Lunatic asylums Central Provinces reports 1886-1894 - 1886-1894
Year: 1886
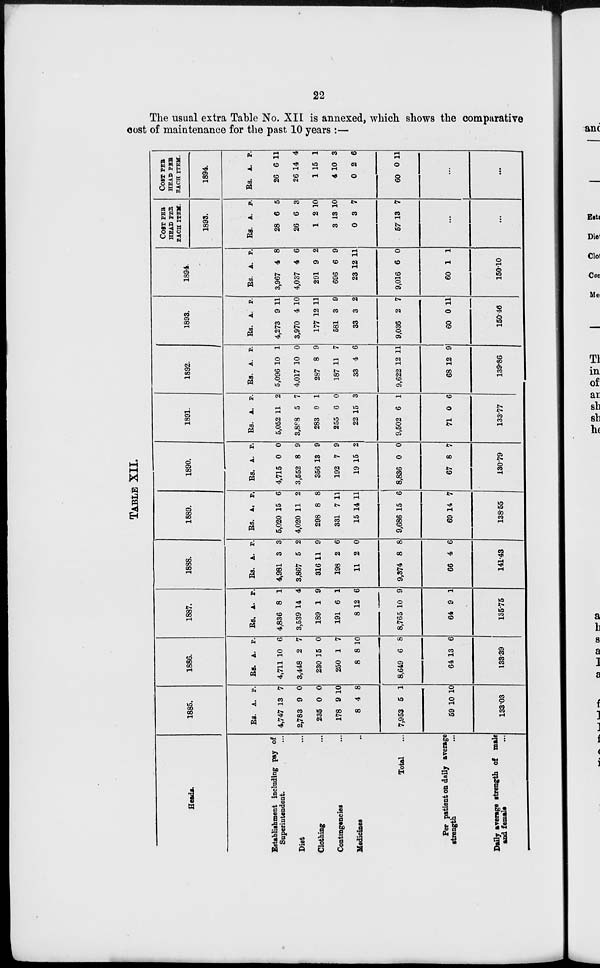
22
The usual extra Table No. XII is annexed, which shows the comparative
cost of maintenance for the past 10 years :—
TABLE XII.
Heads.
Establishment including pay of
Superintendent. ...
Diet ...
Clothing ...
Contingencies ...
Medicines ...
Total ...
Per patient on daily average
strength ...
Daily average strength of male
and female ...
1885.
Rs.
4,747
2,783
235
178
8
7,953
59
A.
13
9
0
9
4
5
10
P.
7
0
0
10
8
1
10
133.03
1886.
Rs.
4,711
3,448
230
250
8
8,649
64
A.
10
2
15
1
8
6
13
P.
6
7
0
7
10
8
6
133.39
1887.
Rs.
4,836
3,539
189
191
8
8,765
64
A.
8
14
1
6
12
10
9
P.
1
4
9
1
6
9
1
135.75
1888.
Rs.
4,981
3,867
316
198
11
9,374
66
A.
3
5
11
2
2
8
4
P.
3
2
9
6
0
8
6
141.43
1889.
Rs.
5,020
4,020
298
331
15
9,686
69
A.
15
11
8
7
14
15
14
P.
6
2
8
11
11
6
7
138.55
1890.
Rs.
4,715
3,552
356
192
19
8,836
67
A.
0
8
13
7
15
0
8
P.
0
9
9
9
2
0
7
130.79
1891.
Rs.
5,052
3,888
283
255
22
9,502
71
A.
11
5
0
6
15
6
0
P.
2
7
1
0
3
1
6
133.77
1892.
Rs.
5,096
4,017
287
187
33
9,622
68
A.
10
10
8
11
4
12
12
P.
1
0
9
7
6
11
9
139.86
1893.
Rs.
4,273
3,970
177
581
33
9,036
60
A.
9
4
12
3
3
2
0
P.
11
10
11
9
2
7
11
150.46
1894.
Rs.
3,967
4,037
291
696
23
9,016
60
A.
4
4
9
6
12
6
1
P.
8
6
2
9
11
0
1
150.10
COSR PER
HEAD PER
EACH ITEM.
1893.
RS.
28
26
1
3
0
57
A.
6
6
2
13
3
13
P.
5
3
10
10
7
7
...
...
COST PER
HEAD PER
EACH ITEM.
1894.
Rs.
26
26
1
4
0
60
A.
6
14
15
10
2
0
P.
11
4
1
3
6
11
...
...